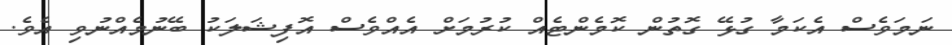
ނަމަވެސް އެކަމާ ގުޅޭ ގޮތުން ކޮމެންޓެއް ކުރުމަށް އެއްވެސް އޮފިޝަލަކު ބޭނުމެއްނުވި އެވެ.